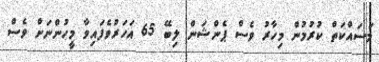
މަސައްކަތް ކުރުމުން މިހާރު ވެސް ޕެންޝަން ލިބޭ 65 އަހަރުވެފައިވާ މީހުންނަށް ވެސް